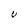
Character: U